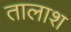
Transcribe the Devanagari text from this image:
तालाश